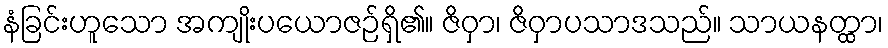
နံခြင်းဟူသော အကျိုးပယောဇဉ်ရှိ၏။ ဇိဝှာ၊ ဇိဝှာပသာဒသည်။ သာယနတ္ထာ၊